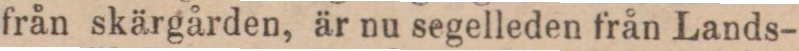
från skärgården, är nu segelleden från Lands-